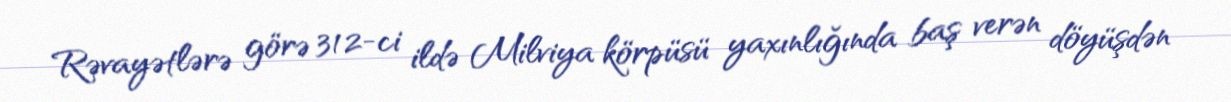
Rəvayətlərə görə 312-ci ildə Milviya körpüsü yaxınlığında baş verən döyüşdən